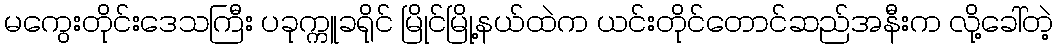
မကွေးတိုင်းဒေသကြီး ပခုက္ကူခရိုင် မြိုင်မြို့နယ်ထဲက ယင်းတိုင်တောင်ဆည်အနီးက လို့ခေါ်တဲ့